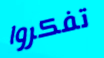
تفكروا